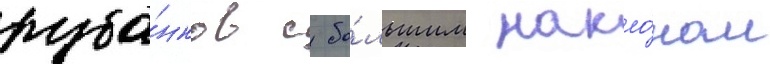
руба́нков с бо́льшим накло́ном